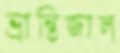
ভ্রান্তিজাল